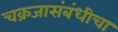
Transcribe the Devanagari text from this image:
चक्रजासंबंधीचा